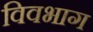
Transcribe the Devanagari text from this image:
विवभाग